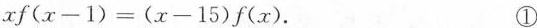
$$x f ( x - 1 ) = ( x - 1 5 ) f ( x )$$. ①